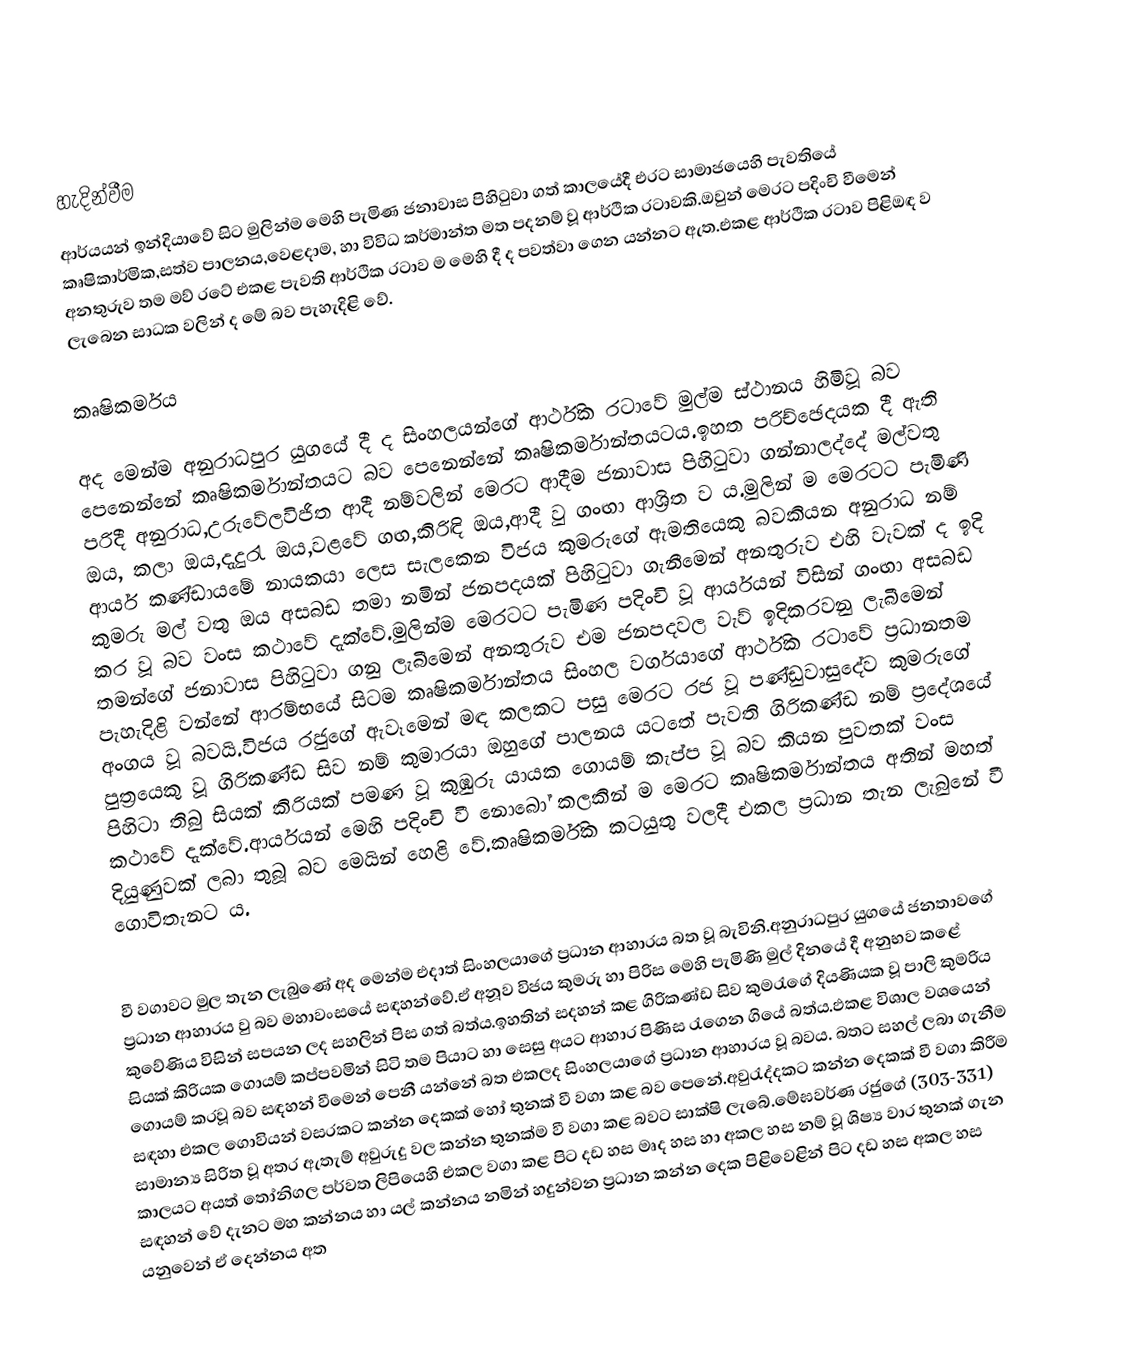

හැදින්වීම
ආර්යයන් ඉන්දියාවේ සිට මුලින්ම මෙහි පැමිණ ජනාවාස පිහිටුවා ගත් කාලයේදී එරට සාමාජයෙහි පැවතියේ කෘෂිකාර්මික,සත්ව පාලනය,වෙළදාම, හා විවිධ කර්මාන්ත මත පදනම් වූ ආර්ථික රටාවකි.ඔවුන් මෙරට පදිංචි වීමෙන් අනතුරුව තම මව් රටේ එකළ පැවති ආර්ථික රටාව ම මෙහි දී ද පවත්වා ගෙන යන්නට ඇත.එකළ ආර්ථික රටාව පිළිඔඳ ව ලැබෙන සාධක වලින් ද මේ බව පැහැදිළි වේ.

කෘෂිකර්මය

අද මෙන්ම අනුරාධපුර යුගයේ දී ද සිංහලයන්ගේ ආර්ථික රටාවේ මුල්ම ස්ථානය හිමිවූ බව පෙනෙන්නේ කෘෂිකර්මාන්තයට බව පෙනෙන්නේ කෘෂිකර්මාන්තයටය.ඉහත පරිච්ඡෙදයක දී ඇති පරිදී අනුරාධ,උරුවේලවිජිත ආදී නම්වලින් මෙරට ආදීම ජනාවාස පිහිටුවා ගන්නාලද්දේ මල්වතු ඔය, කලා ඔය,දැදුරැ ඔය,වළවේ ගඟ,කිරිඳි ඔය,ආදී වු ගංඟා ආශ්‍රිත ව ය.මුලින් ම මෙරටට පැමිණි ආර්ය කණ්ඩායමේ නායකයා ලෙස සැලකෙන විජය කුමරුගේ ඇමතියෙකු බවකියන අනුරාධ නම් කුමරු මල් වතු ඔය අසබඩ තමා නමින් ජනපදයක් පිහිටුවා ගැනීමෙන් අනතුරුව  එහි වැවක් ද ඉදි කර වූ බව වංස කථාවේ දැක්වේ.මුලින්ම මෙරටට පැමිණ පදිංචි වූ  ආර්යයන් විසින් ගංඟා අසබඩ තමන්ගේ ජනාවාස පිහිටුවා ගනු ලැබීමෙන් අනතුරුව එම ජනපදවල වැව් ඉදිකරවනු ලැබීමෙන් පැහැදිළි වන්නේ ආරම්භයේ සිටම කෘෂිකර්මාන්තය සිංහල වර්ගයාගේ ආර්ථික රටාවේ ප්‍රධානතම අංගය වූ බවයි.විජය රජුගේ ඇවෑමෙන් මඳ කලකට පසු මෙරට රජ වූ පණ්ඩුවාසුදේව කුමරුගේ පුත්‍රයෙකු වූ ගිරිකණ්ඩ සිව නම් කුමාරයා ඔහුගේ පාලනය යටතේ පැවති ගිරිකණ්ඩ නම් ප්‍රදේශයේ පිහිටා තිබු සියක් කිරියක් පමණ   වූ කුඹුරු යායක ගොයම් කැප්ප වූ බව කියන පුවතක් වංස කථාවේ දැක්වේ.ආර්යයන් මෙහි පදිංචි වී නොබෝ කලකින් ම මෙරට කෘෂිකර්මාන්තය අතින් මහත් දියුණුවක් ලබා තුබූ බව මෙයින් හෙළි වේ.කෘෂිකර්මික කටයුතු වලදී එකල ප්‍රධාන තැන ලැබුනේ වී ගොවිතැනට ය.

වී වගාවට මුල තැන ලැබුණේ අද මෙන්ම එදාත් සිංහලයාගේ ප්‍රධාන ආහාරය බත වූ බැවිනි.අනුරාධපුර යුගයේ ජනතාවගේ ප්‍රධාන ආහාරය වු බව මහාවංසයේ සඳහන්වේ.ඒ අනූව විජය කුමරු හා පිරිස මෙහි පැමිණි මුල්  දිනයේ දී අනුභව කළේ කුවේණිය විසින් සපයන ලද සහලින් පිස ගත් බත්ය.ඉහතින් සදහන් කළ ගිරිකණ්ඩ සිව කුමරැ‍ගේ දියණියක වූ පාලි  කුමරිය සියක් කිරියක ගොයම් කප්පවමින් සිටි තම පියාට හා සෙසු අයට ආහාර පිණිස රැගෙන ගියේ බත්ය.ඵකළ විශාල වශයෙන් ගොයම් කරවූ බව සඳහන් වීමෙන් පෙනී යන්නේ බත එකලද සිංහලයාගේ ප්‍රධාන ආහාරය වූ බවය.  බතට සහල් ලබා ගැනීම සඳහා එකල ගොවියන් වසරකට කන්න දෙකක් හෝ තුනක් වී වගා කළ බව පෙනේ.අවුරැද්දකට කන්න දෙකක් වී වගා කිරීම සාමාන්‍ය සිරිත වූ අතර ඇතැම් අවුරුදු වල කන්න තුනක්ම වී වගා කළ බවට සාක්ෂි ලැබේ.මේඝවර්ණ රජුගේ (303-331)  කාලයට අයත් තෝනිගල පර්වත ලිපියෙහි එකල වගා කළ පිට දඩ හස මෘද හස හා අකල හස නම් වූ ශිෂ්‍ය වාර තුනක් ගැන සඳහන් වේ දැනට මහ කන්නය හා යල් කන්නය නමින් හදුන්වන ප්‍රධාන කන්න දෙක පිළිවෙළින් පිට දඩ හස අකල හස යනුවෙන් ඒ දෙන්නය අත